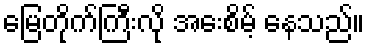
မြေတိုက်ကြီးလို အေးစိမ့် နေသည်။